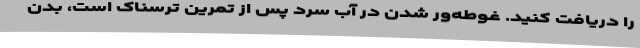
را دریافت کنید. غوطه‌ور شدن در آب سرد پس از تمرین ترسناک است، بدن